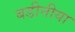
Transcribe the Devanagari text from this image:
बडीनीया